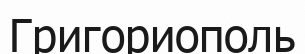
Григориополь